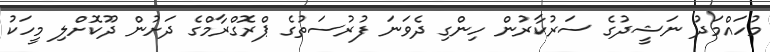
މުހައްމަދު ނަޝީދުގެ ސަރުކާރުން ހިންގި ދެވަނަ ފުރުސަތުގެ ޕްރޮގްރާމްގެ ދަށުން ދޫކޮށްލި މީހަކު